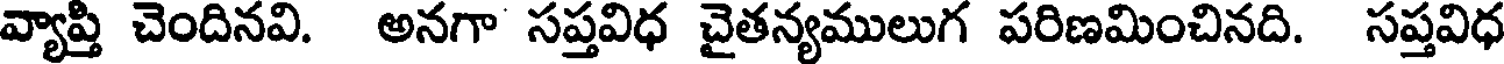
వ్యాప్తి చెందినవి. అనగా సప్తవిధ చైతన్యములుగ పరిణమించినది. సప్తవిధ